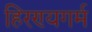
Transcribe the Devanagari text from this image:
हिरण्यगर्म